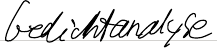
Gedichtanalyse